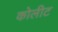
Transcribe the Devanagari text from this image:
कोलीट